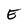
Character: E